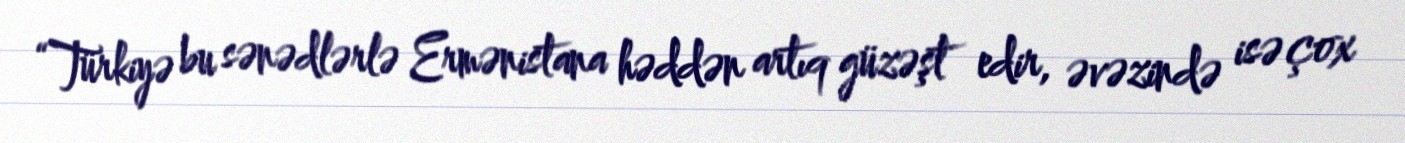
“Türkiyə bu sənədlərlə Ermənistana həddən artıq güzəşt edir, əvəzində isə çox